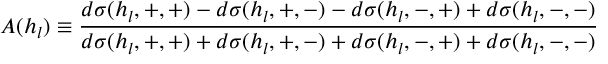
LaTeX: A ( h _ { l } ) \equiv \frac { d \sigma ( h _ { l } , + , + ) - d \sigma ( h _ { l } , + , - ) - d \sigma ( h _ { l } , - , + ) + d \sigma ( h _ { l } , - , - ) } { d \sigma ( h _ { l } , + , + ) + d \sigma ( h _ { l } , + , - ) + d \sigma ( h _ { l } , - , + ) + d \sigma ( h _ { l } , - , - ) }